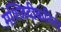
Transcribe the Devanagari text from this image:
मश्जिदीकरिता